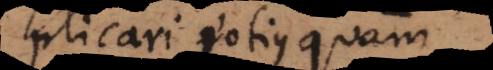
plicari potius quam